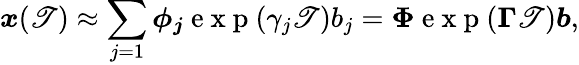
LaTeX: \boldsymbol{x}(\mathscr{T})\approx\sum_{j=1}\boldsymbol{\phi_{j}}\mathrm{{~e~x~p~}}(\gamma_{j}\mathscr{T})b_{j}=\boldsymbol{\Phi}\mathrm{{~e~x~p~}}(\boldsymbol{\Gamma}\mathscr{T})\boldsymbol{b},